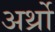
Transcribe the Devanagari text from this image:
अर्थ्रो